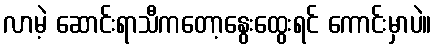
လာမဲ့ ဆောင်းရာသီကတော့နွေးထွေးရင် ကောင်းမှာပဲ။